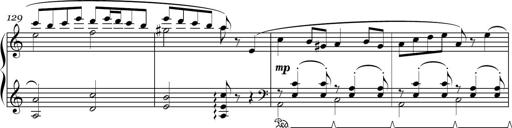
Title: Sonatina in E minor
Composer: Shuwen Zhang
Key: E minor